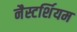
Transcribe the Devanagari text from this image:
नैस्टर्शियम